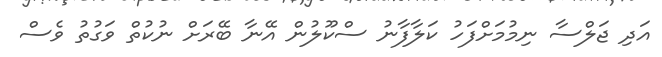
އަދި ޖަލްސާ ނިމުމަށްފަހު ކަލާފާނު ސްކޫލުން އޭނާ ބޭރަށް ނުކުތް ވަގުތު ވެސް